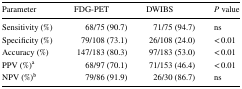
<table><thead><tr><td><b>Parameter</b></td><td><b>FDG-PET</b></td><td><b>DWIBS</b></td><td><b><i>P</i> value</b></td></tr></thead><tbody><tr><td>Sensitivity (%)</td><td>68/75 (90.7)</td><td>71/75 (94.7)</td><td>ns</td></tr><tr><td>Specificity (%)</td><td>79/108 (73.1)</td><td>26/108 (24.0)</td><td>&lt; 0.01</td></tr><tr><td>Accuracy (%)</td><td>147/183 (80.3)</td><td>97/183 (53.0)</td><td>&lt; 0.01</td></tr><tr><td>PPV (%)<sup>a</sup></td><td>68/97 (70.1)</td><td>71/153 (46.4)</td><td>&lt; 0.01</td></tr><tr><td>NPV (%)<sup>b</sup></td><td>79/86 (91.9)</td><td>26/30 (86.7)</td><td>ns</td></tr></tbody></table>